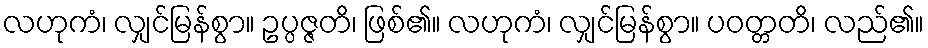
လဟုကံ၊ လျှင်မြန်စွာ။ ဥပ္ပဇ္ဇတိ၊ ဖြစ်၏။ လဟုကံ၊ လျှင်မြန်စွာ။ ပဝတ္တတိ၊ လည်၏။